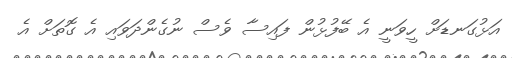
އަޅުގަނޑަށް ހީވަނީ އެ ބޭފުޅުން ފައިސާ ވެސް ނުގެންދަވައި އެ ގޮތަށް އެ